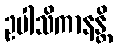
ဥပါသိကာနန္တိ